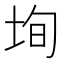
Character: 𡋕